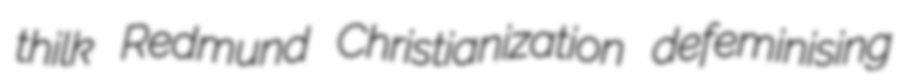
thilk Redmund Christianization defeminising